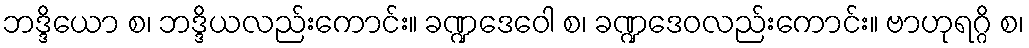
ဘဒ္ဒိယော စ၊ ဘဒ္ဒိယလည်းကောင်း။ ခဏ္ဍဒေဝေါ စ၊ ခဏ္ဍဒေဝလည်းကောင်း။ ဗာဟုရဂ္ဂိ စ၊